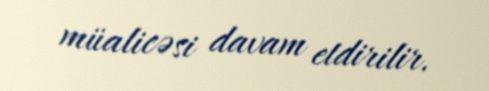
müalicəsi davam etdirilir.